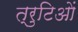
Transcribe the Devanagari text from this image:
त्रुटिओं